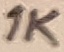
Text: 1K